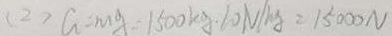
( 2 ) a = m g = 1 5 0 0 k g . 1 0 N / k g = 1 5 0 0 0 N